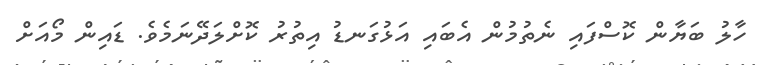
ހާލު ބަޔާން ކޮސްފައި ނެތުމުން އެބައި އަޅުގަނޑު އިތުރު ކޮށްލަދޭނަމެވެ. ޑައިން މޯއަށް